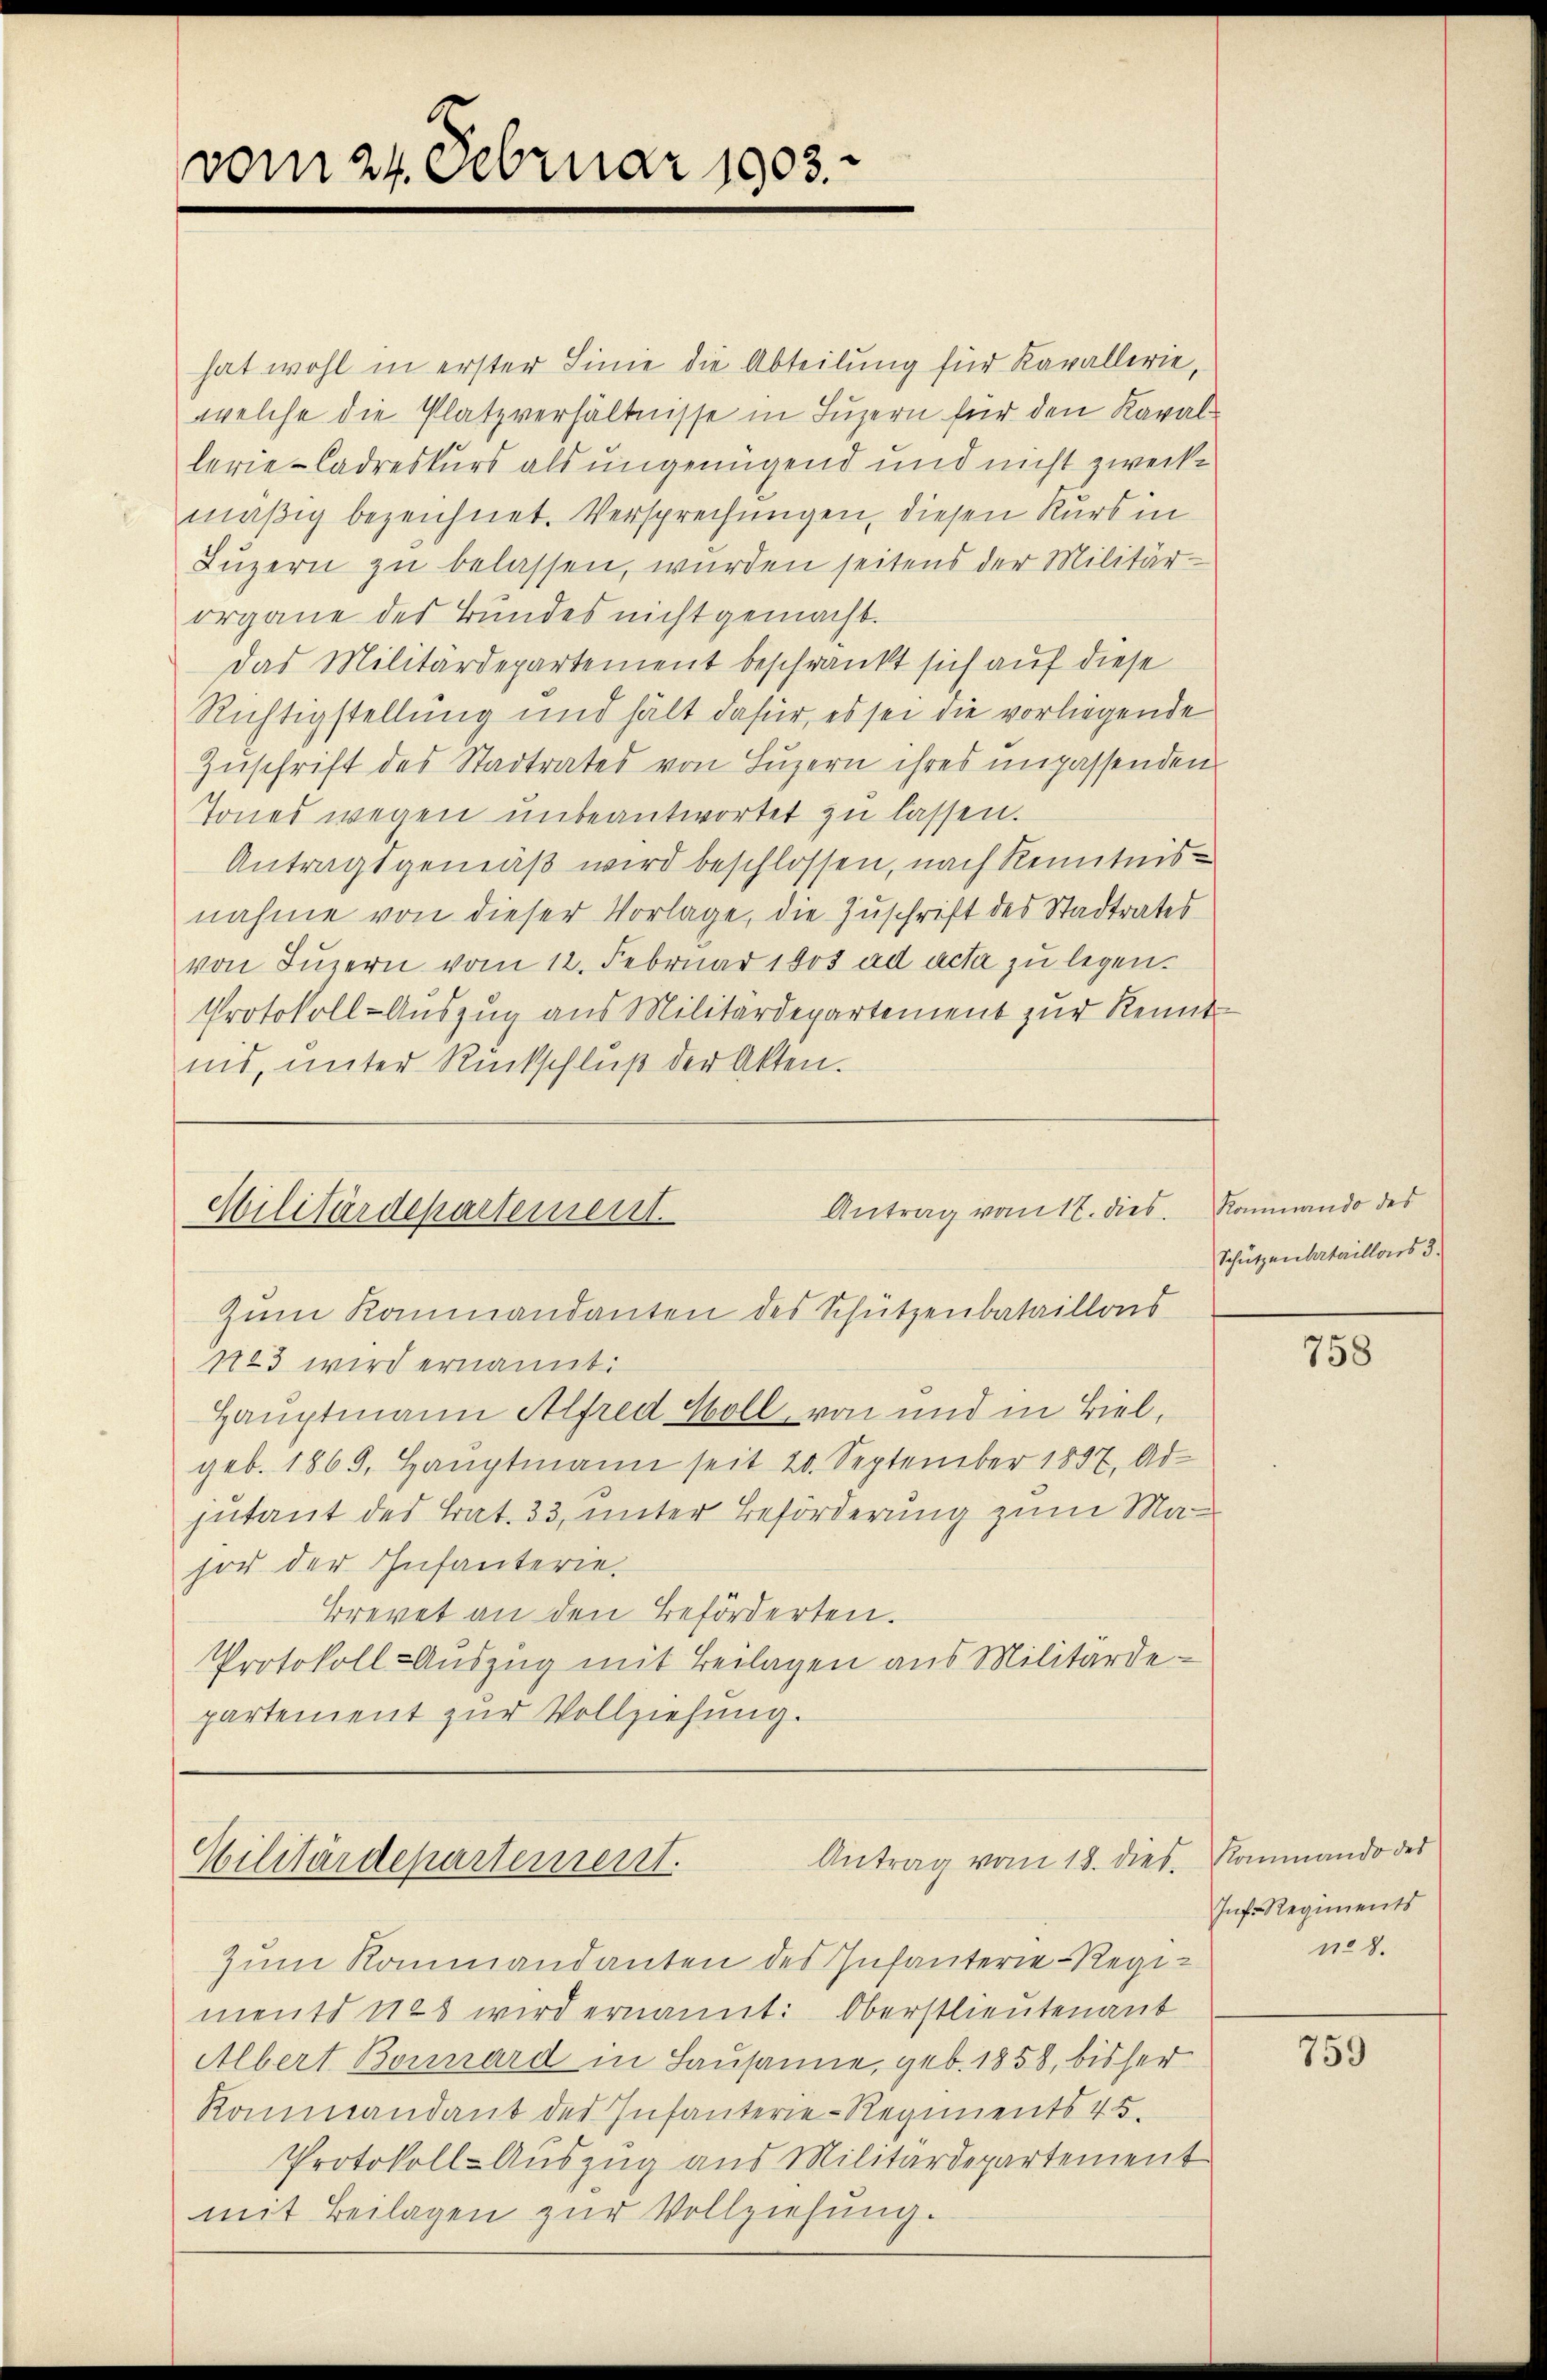
vom 24. Februar 1903.

hat wohl in erster Linie die Abteilung für Kavallerie,
welche die Platzverhältnisse in Luzern für den Kaval
lerie-Cadreskurs als ungenügend und nicht zweckmäßig bezeichnet. Versprechungen, diesen Kurs in
Luzern zu belassen, wurden seitens der Militärorgane des Bundes nicht gemacht.
das Militärdepartement beschränkt sich auf diese
Richtigstellung und hält dafür, es sei die vorliegende
Zuschrift des Stadtrates von Luzern ihres unpassenden
Tones wegen unbeantwortet zu lassen.
Antragsgemäß wird beschlossen, nach Kenntnis
nahme von dieser Vorlage, die Zuschrift des Stadtrates
von Luzern vom 12. Februar 1803 ad acta zu legen.
Protokoll-Auszug aus Militärdepartement zur Kennt-
nis, unter Rückschluß der Akten.

Antrag vom 12. dies
Militärdepartement.
Zum Kommandanten des Schützenbataillons

N23 wird ernannt:
Hauptmann Alfred Holl, von und in Biel,
geb. 1869, Hauptmann seit 20. September 1897. Ad
jutant des Tat. 33, unter Beförderung zum Man
sor der Infanterie.
Brevet an den Beförderten.
Protokoll-Auszug mit Beilagen aus Militärde-
partement zur Vollziehung.

Antrag vom 18. dies Romando des
Hilitärdepartement.

Zum Rammandanten des Infanterie-Regiments 1125 wird ernannt: Oberstlieutenant
Albert Bornard in Lausanne, geb. 1858, bisher
Kommandant der Infanterie-Regiments 455.
Protokoll-Auszug aus Militärdepartement
mit Beilagen zur Vollziehung.

Kommando des
Schützenbataillons 5.

758

Inf. Regiments
No 8.

759